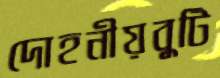
দোহনীয়বুটি